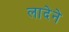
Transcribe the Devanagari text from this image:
लादेने